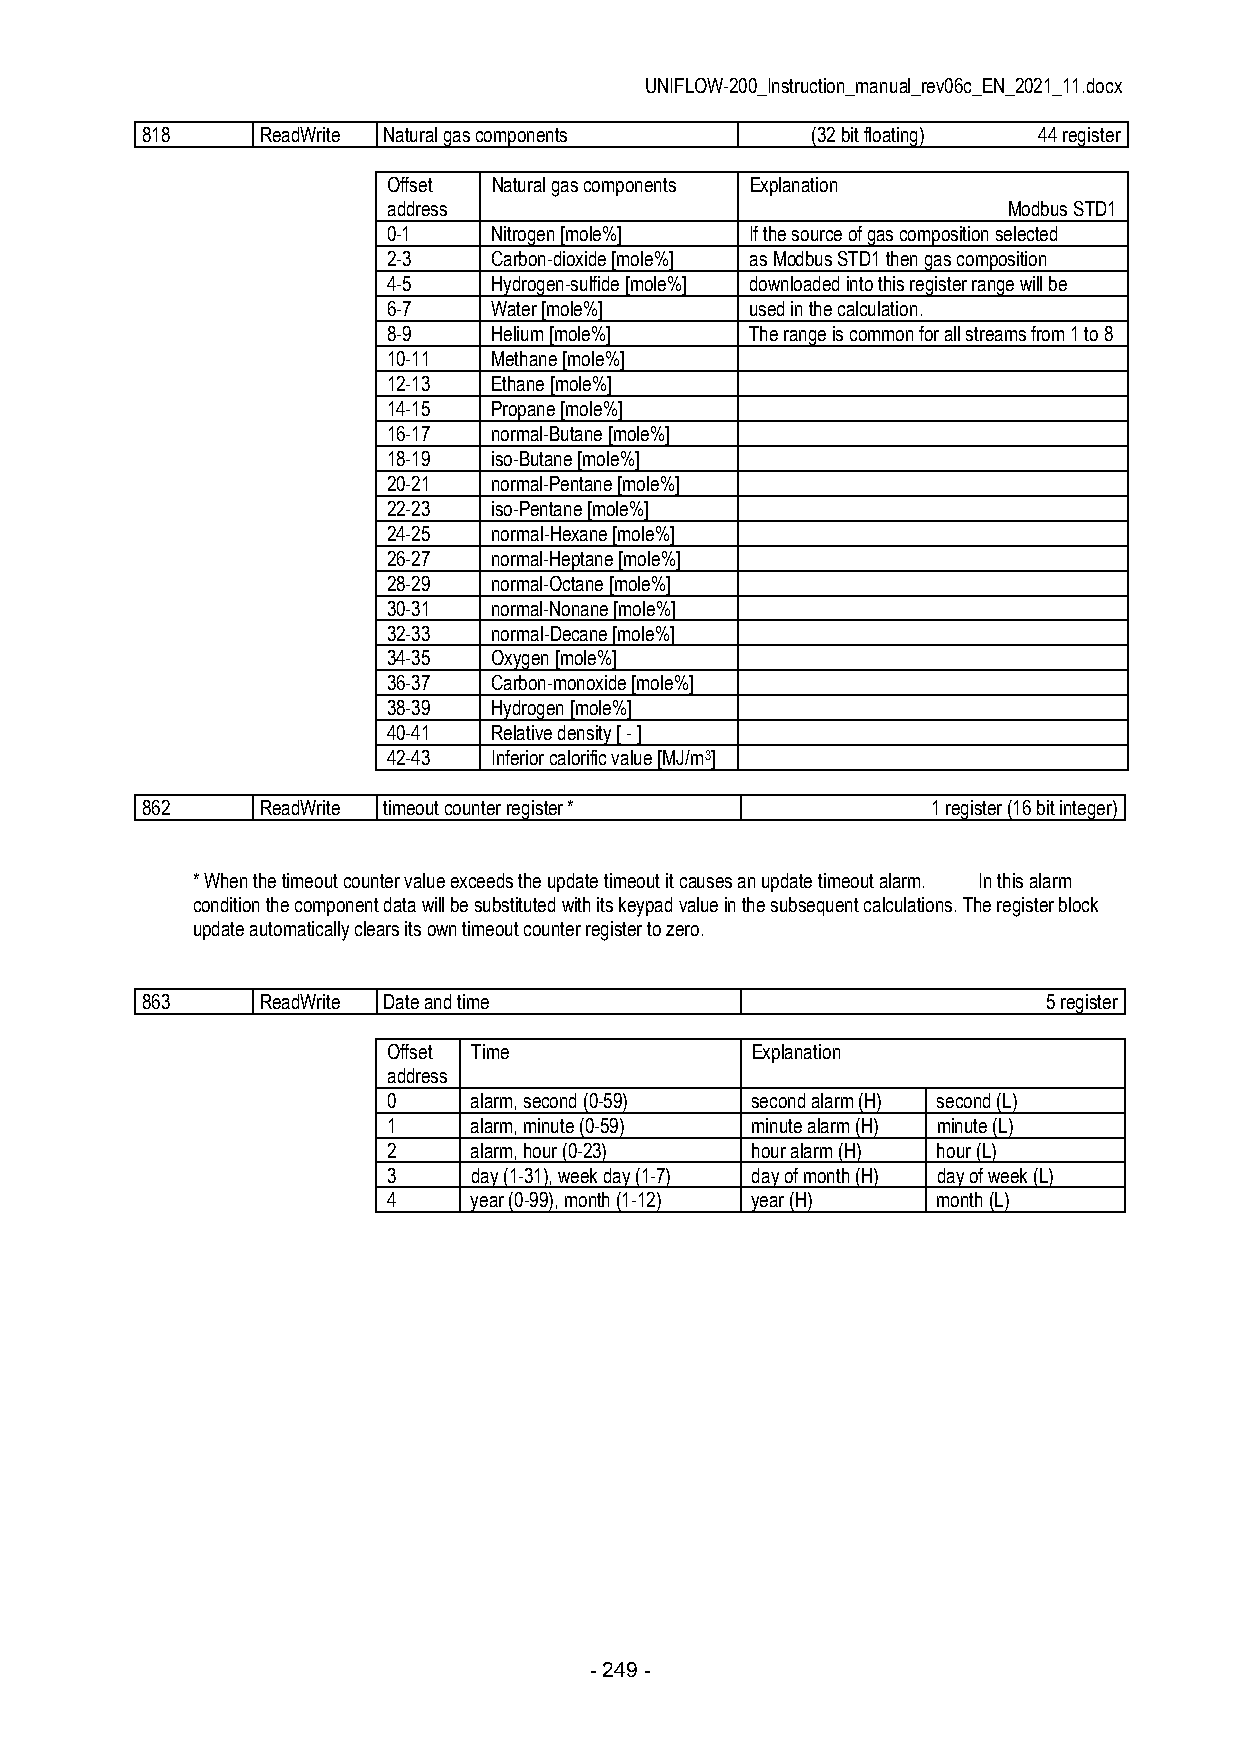
UNIFLOW-200_Instruction_manual_rev06c_EN_2021_11.docx
 818     ReadWrite Natural gas components     (32 bit floating) 44 register
 Offset Natural gas components Explanation
 address                                  Modbus STD1
 0-1    Nitrogen [mole%] If the source of gas composition selected
 2-3    Carbon-dioxide [mole%] as Modbus STD1 then gas composition
 4-5    Hydrogen-sulfide [mole%] downloaded into this register range will be
 6-7    Water [mole%]    used in the calculation.
 8-9    Helium [mole%]   The range is common for all streams from 1 to 8
 10-11  Methane [mole%]
 12-13  Ethane [mole%]
 14-15  Propane [mole%]
 16-17  normal-Butane [mole%]
 18-19  iso-Butane [mole%]
 20-21  normal-Pentane [mole%]
 22-23  iso-Pentane [mole%]
 24-25  normal-Hexane [mole%]
 26-27  normal-Heptane [mole%]
 28-29  normal-Octane [mole%]
 30-31  normal-Nonane [mole%]
 32-33  normal-Decane [mole%]
 34-35  Oxygen [mole%]
 36-37  Carbon-monoxide [mole%]
 38-39  Hydrogen [mole%]
 40-41  Relative density [ - ]
 42-43  Inferior calorific value [MJ/m3]
 862     ReadWrite timeout counter register *         1 register (16 bit integer)
 * When the timeout counter value exceeds the update timeout it causes an update timeout alarm. In this alarm
 condition the component data will be substituted with its keypad value in the subsequent calculations. The register block
 update automatically clears its own timeout counter register to zero.
 863     ReadWrite Date and time                             5 register
 Offset Time             Explanation
 address
 0    alarm, second (0-59) second alarm (H) second (L)
 1    alarm, minute (0-59) minute alarm (H) minute (L)
 2    alarm, hour (0-23) hour alarm (H) hour (L)
 3    day (1-31), week day (1-7) day of month (H) day of week (L)
 4    year (0-99), month (1-12) year (H) month (L)
 - 249 -